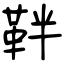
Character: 靽